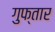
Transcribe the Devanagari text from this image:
गुफ्तार